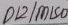
Text: D12